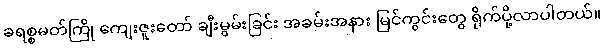
ခရစ္စမတ်ကြို ကျေးဇူးတော် ချီးမွမ်းခြင်း အခမ်းအနား မြင်ကွင်းတွေ ရိုက်ပို့လာပါတယ်။